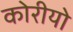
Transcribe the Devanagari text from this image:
कोरीयो